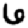
Digit: 6